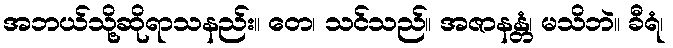
အဘယ်သို့ဆိုရာသနည်း။ တေ၊ သင်သည်။ အဇာနန္တံ၊ မသိဘဲ။ ခီရံ၊